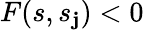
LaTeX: F(s,s_{\mathbf{j}})<0